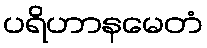
ပရိဟာနမေတံ